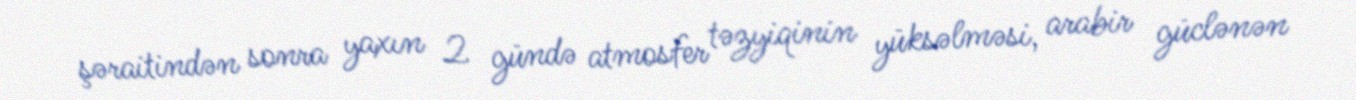
şəraitindən sonra yaxın 2 gündə atmosfer təzyiqinin yüksəlməsi, arabir güclənən